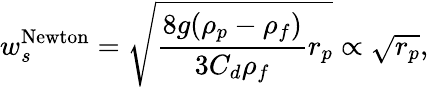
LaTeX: w_{s}^{\textrm{Newton}}=\sqrt{\frac{8g(\rho_{p}-\rho_{f})}{3C_{d}\rho_{f}}r_{p}}\propto\sqrt{r_{p}},